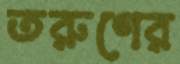
তরুণের